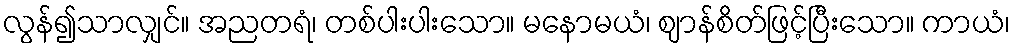
လွန်၍သာလျှင်။ အညတရံ၊ တစ်ပါးပါးသော။ မနောမယံ၊ ဈာန်စိတ်ဖြင့်ပြီးသော။ ကာယံ၊